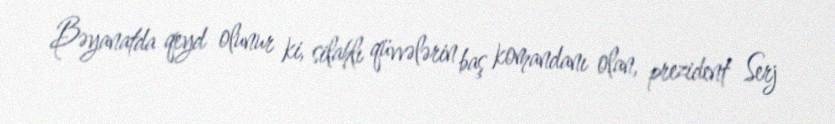
Bəyanatda qeyd olunur ki, silahlı qüvvələrin baş komandanı olan, prezident Serj